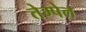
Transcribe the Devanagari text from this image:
तेम्पेल